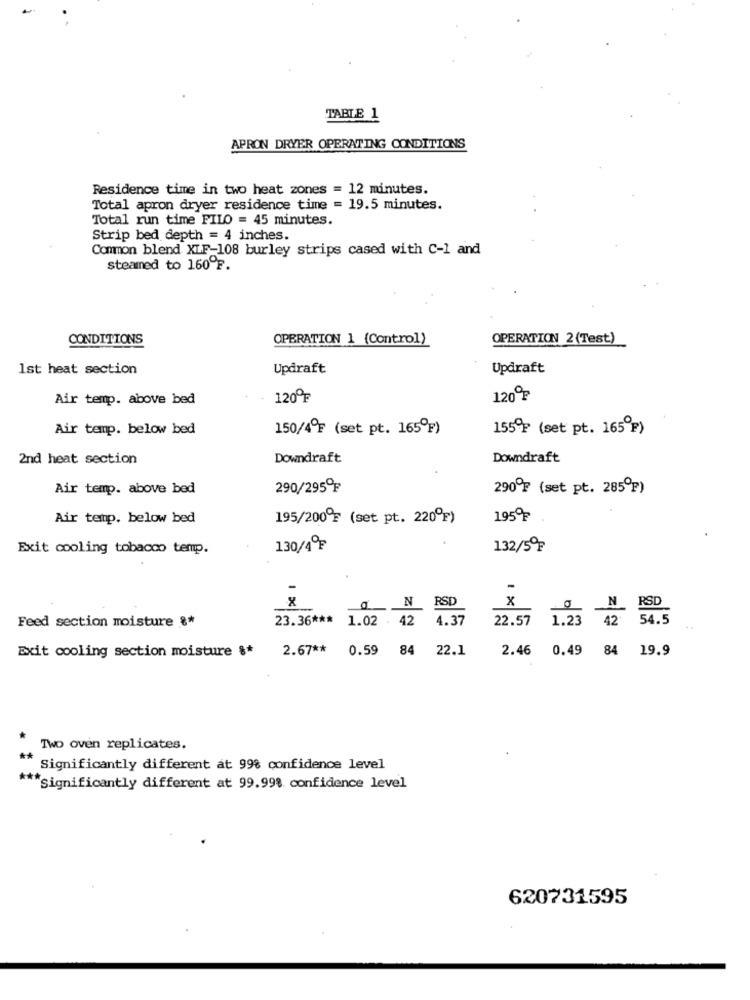
TABLE 1
APRON DRYER OPERATING CONDITIONS
Residence time in two heat zones = 12 minutes.
Total apron dryer residence time = 19.5 minutes.
Total run time FILO = 45 minutes.
Strip bed depth = 4 inches.
Common blend XLF-108 burley strips cased with C-1 and
steamed to 160ºp.
CONDITIONS
OPERATION 1 (Control)
OPERATION 2(Test)
1st heat section
Updraft
Updraft
Air temp. above bed
120ºF
120º₽
Air temp. below bed
150/4ºF (set pt. 165ºp)
155ºF (set pt. 165g)
2nd heat section
Downdraft
Downdraft
Air temp. above bed
290/295ºF
290ºF (set pt. 285ºp)
Air temp. below bed
195/200ºF (set pt. 220ºF)
1959-
Exit cooling tobacco temp.
130/4ºF
132/5ºF
-
X
RSD
x
ON
N RSD
Feed section moisture 8*
23.36 *** 1.02 . 42
4.37
22.57
1.23
42 54.5
Exit cooling section moisture &*
2.67 ** 0.59 84 22.1
2.46
0.49 84 19.9
Two oven replicates.
**
Significantly different at 99% confidence level
*** significantly different at 99.99% confidence level
620731595